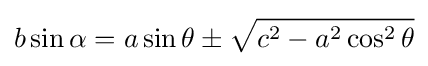
b\sin \alpha =a\sin \theta \pm {\sqrt {c^{2}-a^{2}\cos ^{2}\theta }}